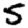
Digit: 5